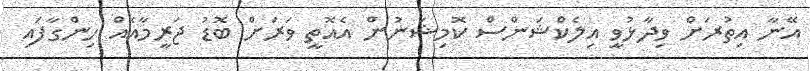
އޭނާ އިތުރަށް ވިދާޅުވީ އިލެކްޝަންސް ކޮމިޝަނުން އެއޮތީ ވަރަށް ބޮޑު ޖަރީމާއެއް ހިންގާފައި